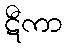
ဋီကာ